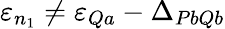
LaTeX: \varepsilon_{n_{1}}\neq\varepsilon_{Qa}-\Delta_{PbQb}